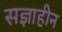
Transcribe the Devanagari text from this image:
सज्ञाहीन